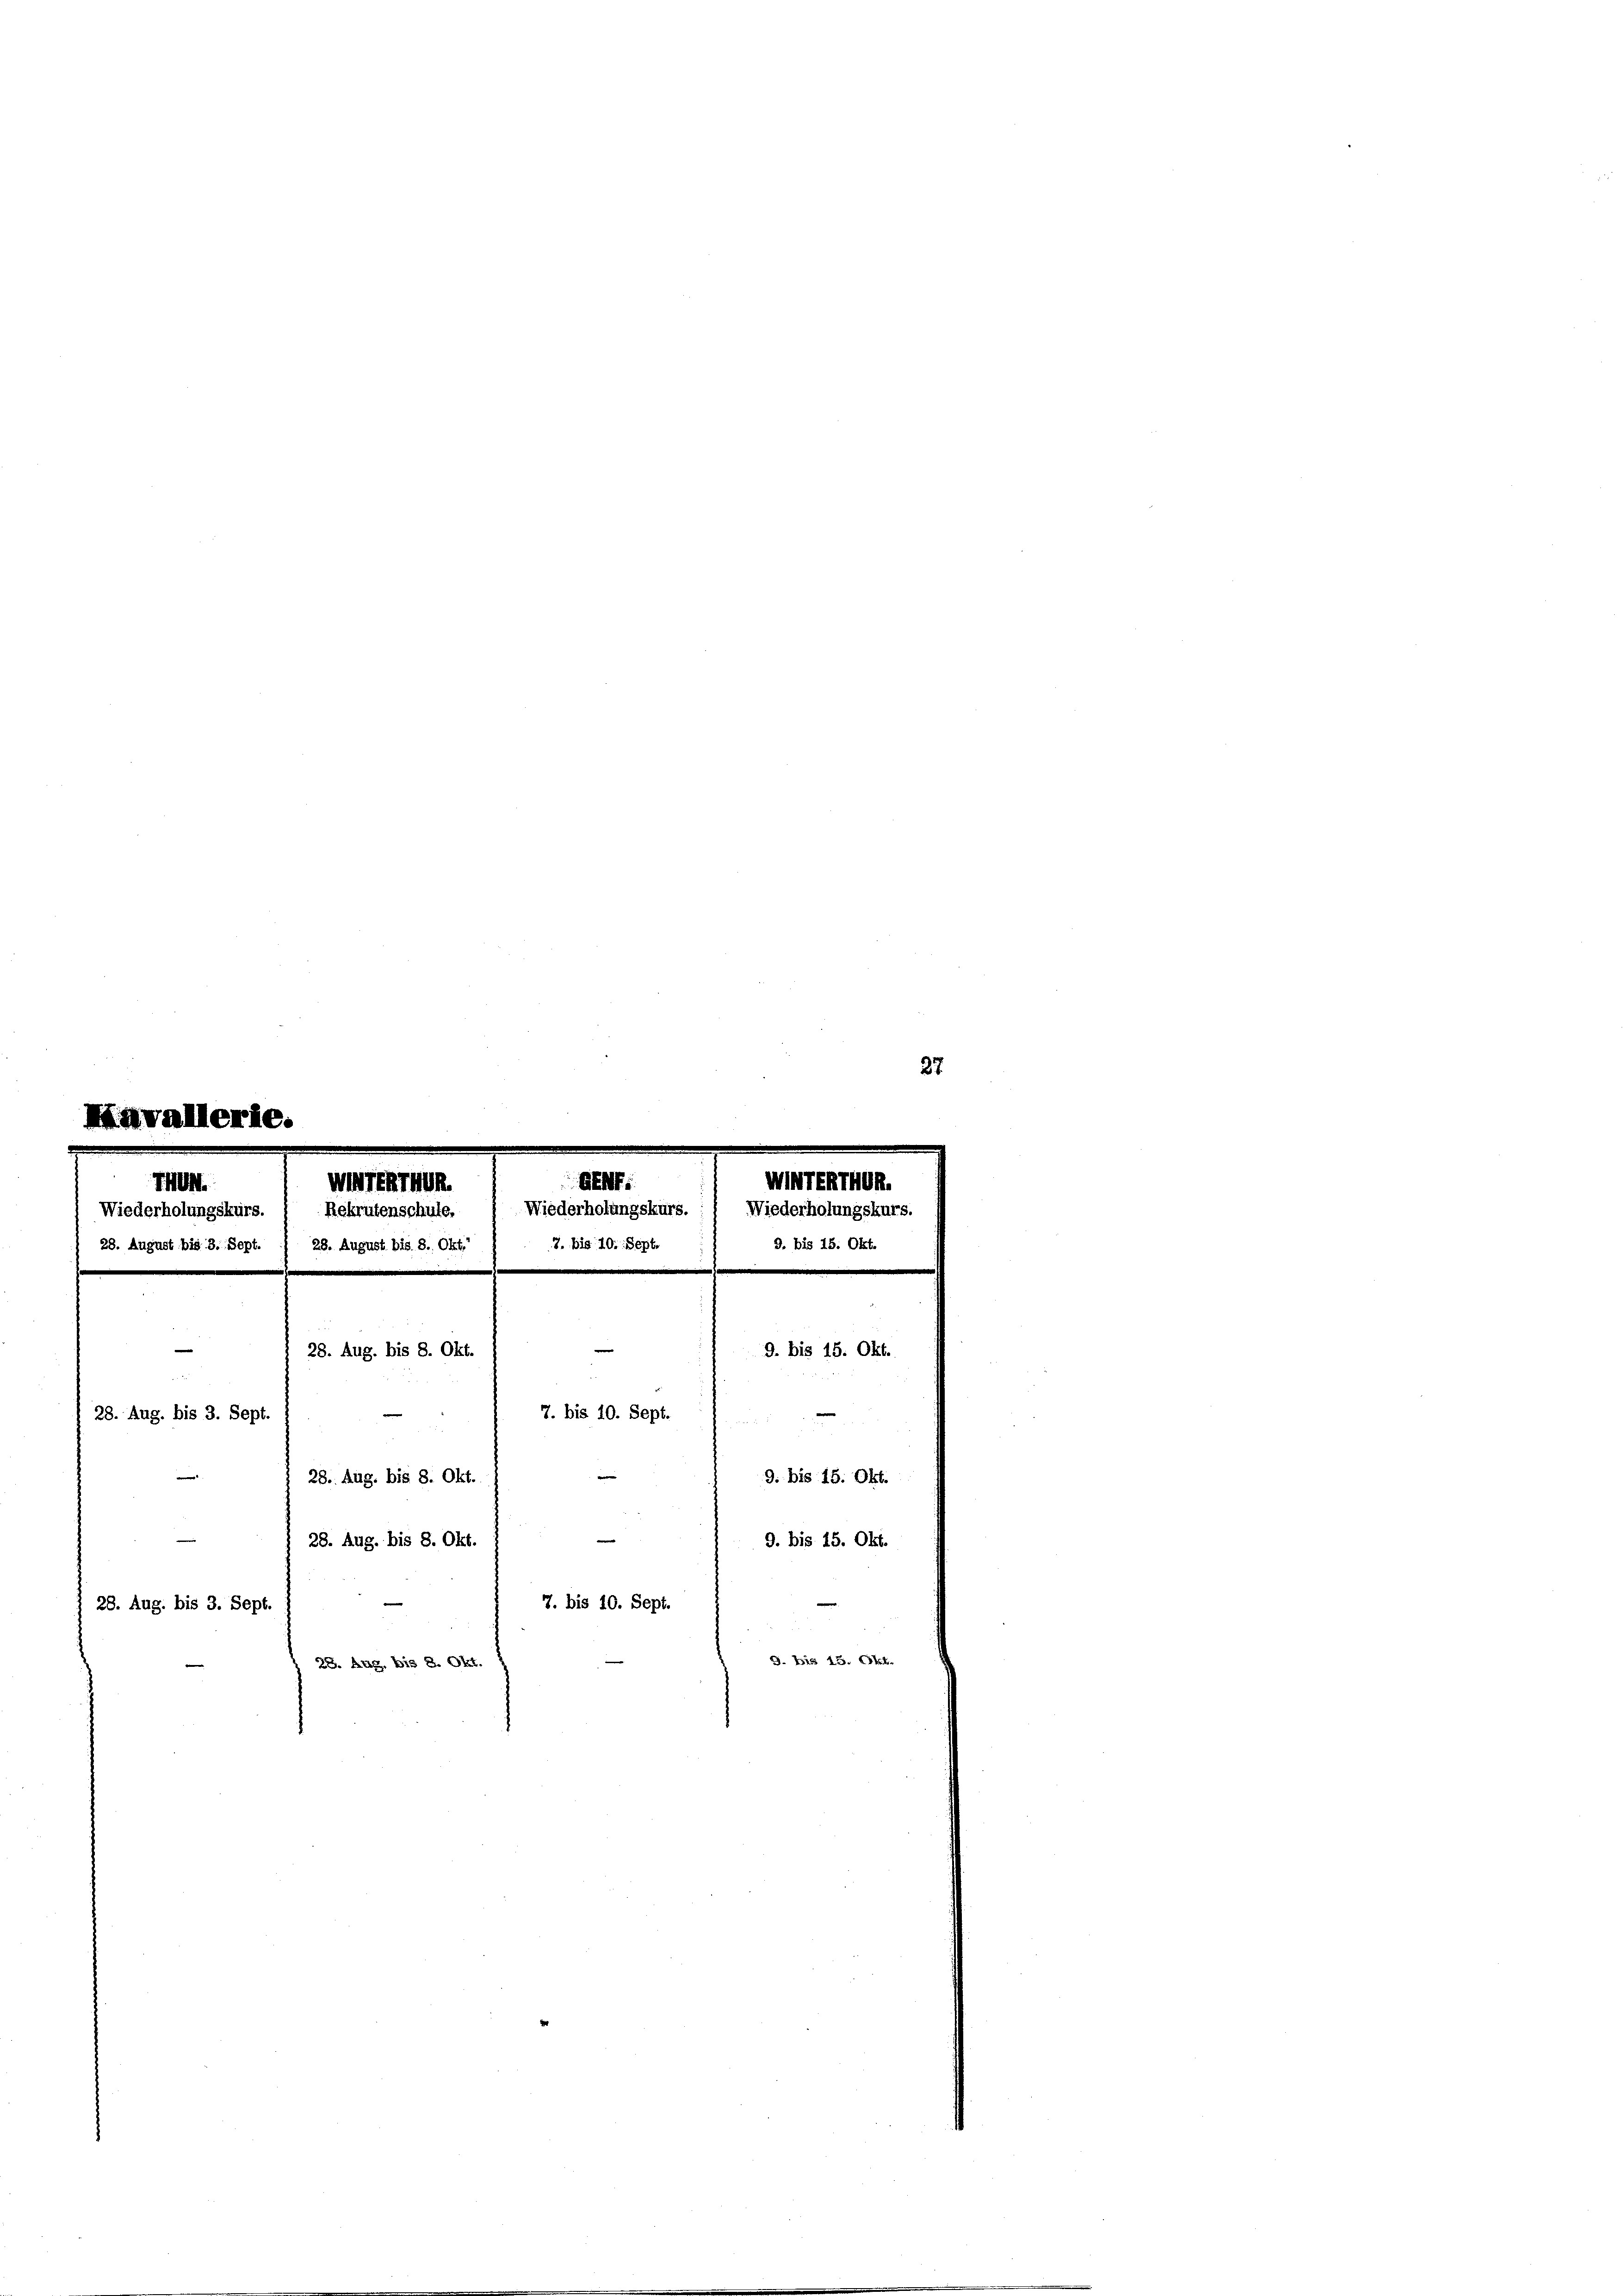
27.

744.
GEME
UTEAThun.
Wiederholungskurs.
Wiederholungskurs. ( Rekrutenschule,
7. bis 10. Sept.
28. August bis 3. Sept. / 28. August bis 8. Okt. 1

—
2 x
7. bis 10. Sept.
28. Aug. bis 3. Sept.

28. Aug. bis 8. Okt.
2
e
28. Aug. bis 8. Okt.

28. Aug. bis 3. Sept.

28. Aug. bis 8. Okt.

7. bis 10. Sept.
28. Aug. bis 8. Okt.

9. bis 15. Okt.
9. bis 15. Okt.
9. bis 15. Okt.

bis

9. Bis 13. 69